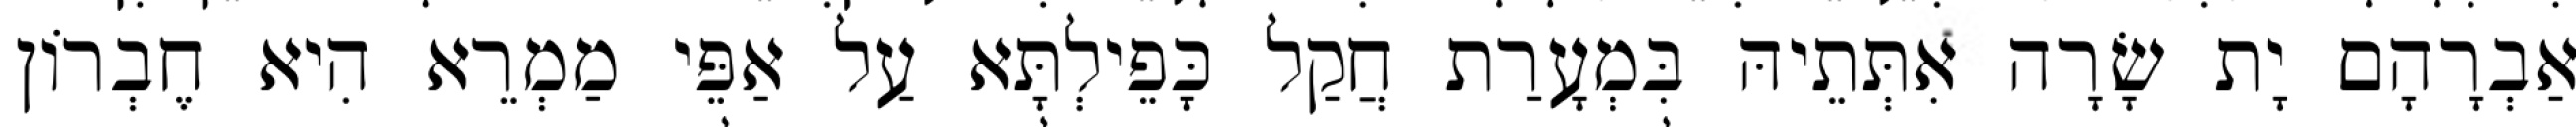
אַבְרָהָם יָת שָׂרָה אִתְּתֵיהּ בִּמְעָרַת חֲקַל כָּפֵילְתָּא עַל אַפֵּי מַמְרֵא הִיא חֶבְרוֹן